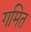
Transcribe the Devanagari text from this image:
गमित